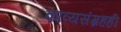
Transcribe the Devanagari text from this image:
काव्यसंग्रहही